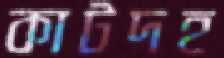
কাটদহ